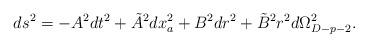
LaTeX: \begin{align*}ds^{2}=-A^{2} dt^{2} + \tilde{A}^{2} dx_{a}^{2}+B^{2}dr^{2} +\tilde{B}^{2}r^{2}d\Omega_{D-p-2}^{2}.\end{align*}